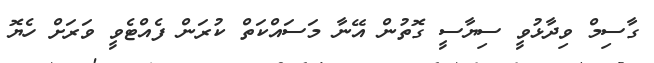
ގާސިމް ވިދާޅުވީ ސިޔާސީ ގޮތުން އޭނާ މަސައްކަތް ކުރަން ފެއްޓެވީ ވަރަށް ހެޔޮ